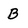
Character: B